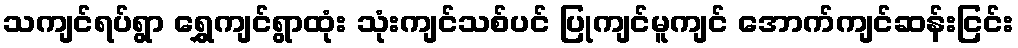
သကျင်ရပ်ရွာ ရွှေကျင်ရွာထုံး သုံးကျင်သစ်ပင် ပြုကျင်မူကျင် အောက်ကျင်ဆန်းငြင်း